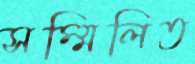
সম্মিলিত